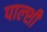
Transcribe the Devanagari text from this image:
पाल्शी